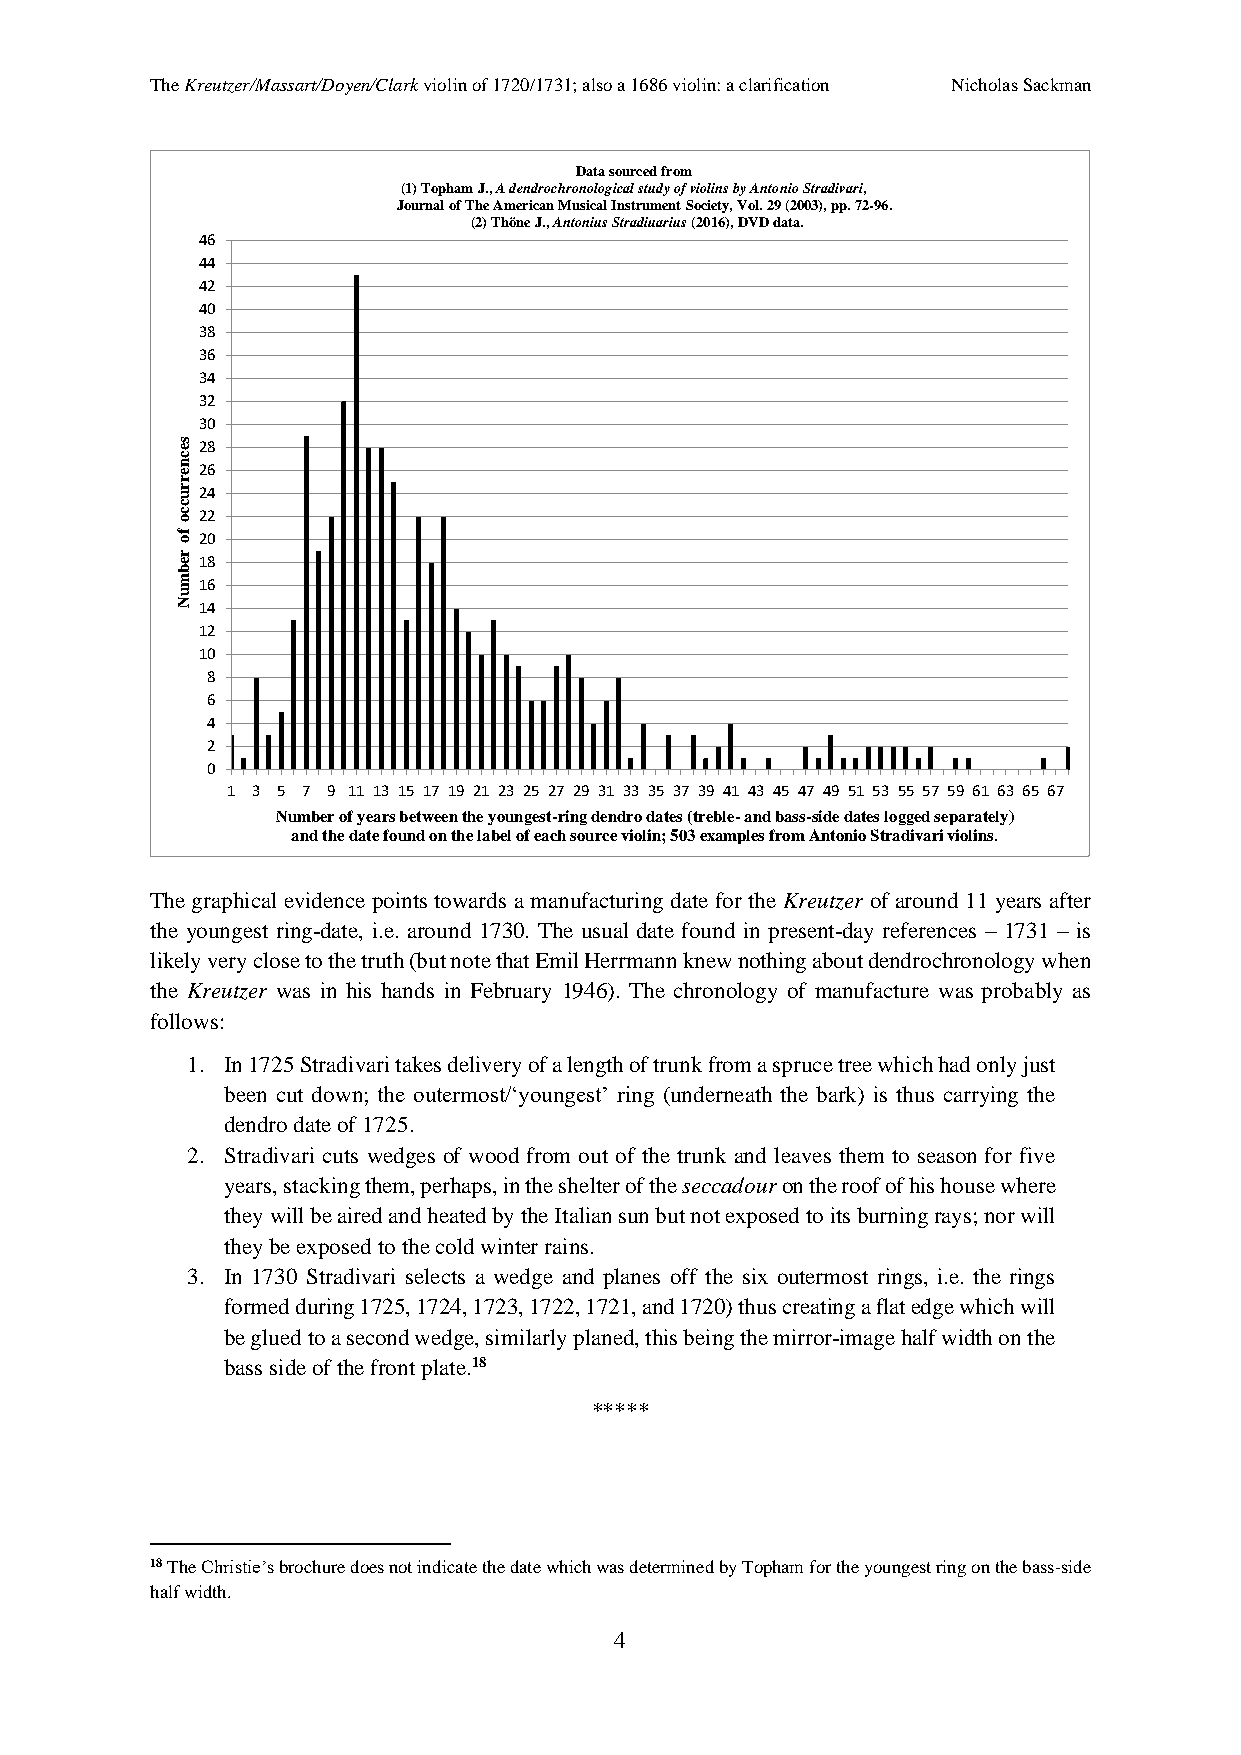
The Kreutzer/Massart/Doyen/Clark violin of 1720/1731; also a 1686 violin: a clarification Nicholas Sackman
 Data sourced from
 (1) Topham J., A dendrochronological study of violins by Antonio Stradivari,
 Journal of The American Musical Instrument Society, Vol. 29 (2003), pp. 72-96.
 (2) Thöne J., Antonius Stradiuarius (2016), DVD data.
 46
 44
 42
 40
 38
 36
 34
 32
 30
 s e 28
 c
 n e 26
 r
 r u 24
 c
 c o 22
 fo 20
 r e 18
 b
 m 16
 u
 N 14
 12
 10
 8
 6
 4
 2
 0
 1 3 5 7 9 11 13 15 17 19 21 23 25 27 29 31 33 35 37 39 41 43 45 47 49 51 53 55 57 59 61 63 65 67
 Number of years between the youngest-ring dendro dates (treble-and bass-side dates logged separately)
 and the date found on the label of each source violin; 503 examples from Antonio Stradivari violins.
 The graphical evidence points towards a manufacturing date for the Kreutzer of around 11 years after
 the youngest ring-date, i.e. around 1730. The usual date found in present-day references – 1731 – is
 likely very close to the truth (but note that Emil Herrmann knew nothing about dendrochronology when
 the Kreutzer was in his hands in February 1946). The chronology of manufacture was probably as
 follows:
 1. In 1725 Stradivari takes delivery of a length of trunk from a spruce tree which had only just
 been cut down; the outermost/‘youngest’ ring (underneath the bark) is thus carrying the
 dendro date of 1725.
 2. Stradivari cuts wedges of wood from out of the trunk and leaves them to season for five
 years, stacking them, perhaps, in the shelter of the seccadour on the roof of his house where
 they will be aired and heated by the Italian sun but not exposed to its burning rays; nor will
 they be exposed to the cold winter rains.
 3. In 1730 Stradivari selects a wedge and planes off the six outermost rings, i.e. the rings
 formed during 1725, 1724, 1723, 1722, 1721, and 1720) thus creating a flat edge which will
 be glued to a second wedge, similarly planed, this being the mirror-image half width on the
 bass side of the front plate.18
 *****
 18 The Christie’s brochure does not indicate the date which was determined by Topham for the youngest ring on the bass-side
 half width.
 4